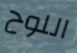
اللوح